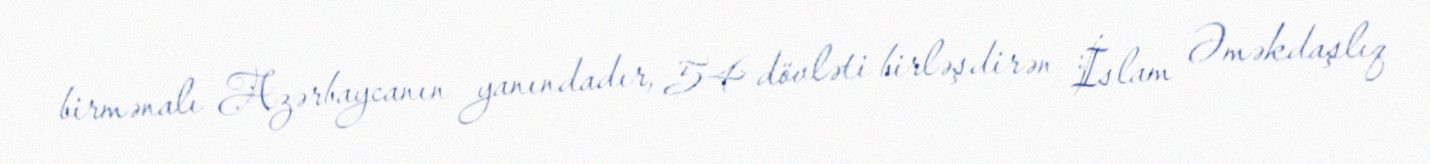
birmənalı Azərbaycanın yanındadır, 54 dövləti birləşdirən İslam Əməkdaşlıq